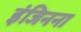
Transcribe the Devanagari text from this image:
इंजिनना